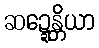
ဆဍ္ဍေန္တိယာ